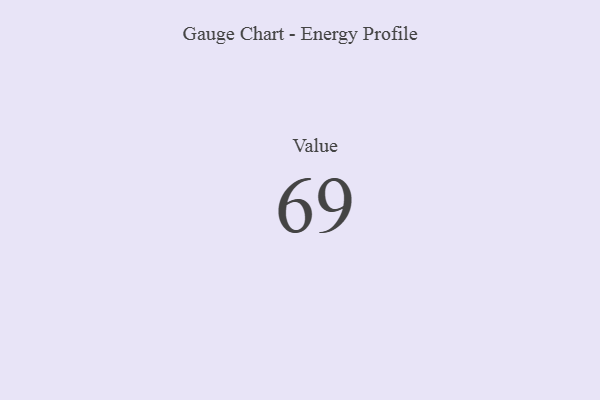
{"axis": {"x": "Metric", "y": "Value"}, "legend": [""], "data": [{"x": "Value", "y": 69, "type": ""}]}